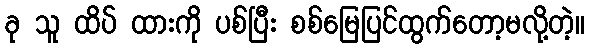
ခု သူ ထိပ် ထားကို ပစ်ပြီး စစ်မြေပြင်ထွက်တော့မလို့တဲ့။